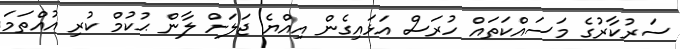
ސަރުކާރުގެ މަސައްކަތައް ހުރަސް އަޅައިގެން އިއްޔެ ޖަލަށް ލާން ޙުކުމް ކުރި އުއްތަމަ